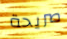
صريحة